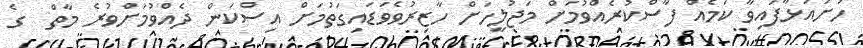
ހުށައަޅާފައިވާ ކަމެއް ފާސްކުރެއްވުމަށް މަޖުލީހަށް ހާޒިރުވެވަޑައިގަތުމަށް އިސްކަން ދެއްވުމަށްވުރެ މާތް  ގެ